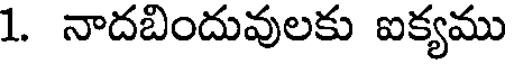
1. నాదబిందువులకు ఐక్యము